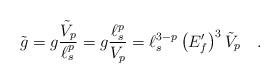
LaTeX: \begin{align*}{\tilde{g}}=g {\frac{{\tilde{V}}_p}{\ell_s^p}}=g{\frac{\ell_s^p}{V_p}}=\ell_s^{3-p}\left(E_f^\prime\right)^3{\tilde{V}}_p \quad .\end{align*}